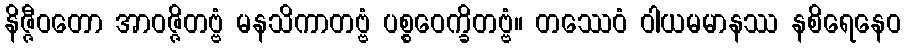
နိဇ္ဇီဝတော အာဝဇ္ဇိတဗ္ဗံ မနသိကာတဗ္ဗံ ပစ္စဝေက္ခိတဗ္ဗံ။ တဿေဝံ ဝါယမမာနဿ နစိရေနေဝ